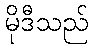
မိုဒီသည်